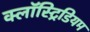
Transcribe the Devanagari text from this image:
क्लॉस्ट्रिडियम